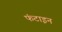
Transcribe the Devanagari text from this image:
फंटाइन